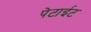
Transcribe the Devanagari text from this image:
पेटाईट